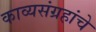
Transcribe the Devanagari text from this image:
काव्यसंग्रहांचे